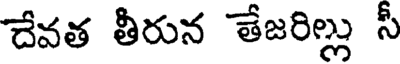
దేవత తీరున తేజరిల్లు సీ